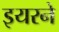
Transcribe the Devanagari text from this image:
इयरने